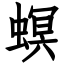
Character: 螟